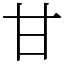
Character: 甘